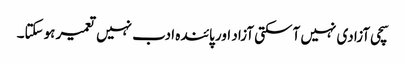
سچی آزادی نہیں آسکتی آزاد اور پائندہ ادب نہیں تعمیر ہوسکتا۔